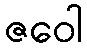
ဇဝေါ